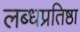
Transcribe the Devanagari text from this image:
लब्धप्रतिष्ठा